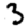
Digit: 3